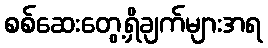
စစ်ဆေးတွေ့ရှိချက်များအရ